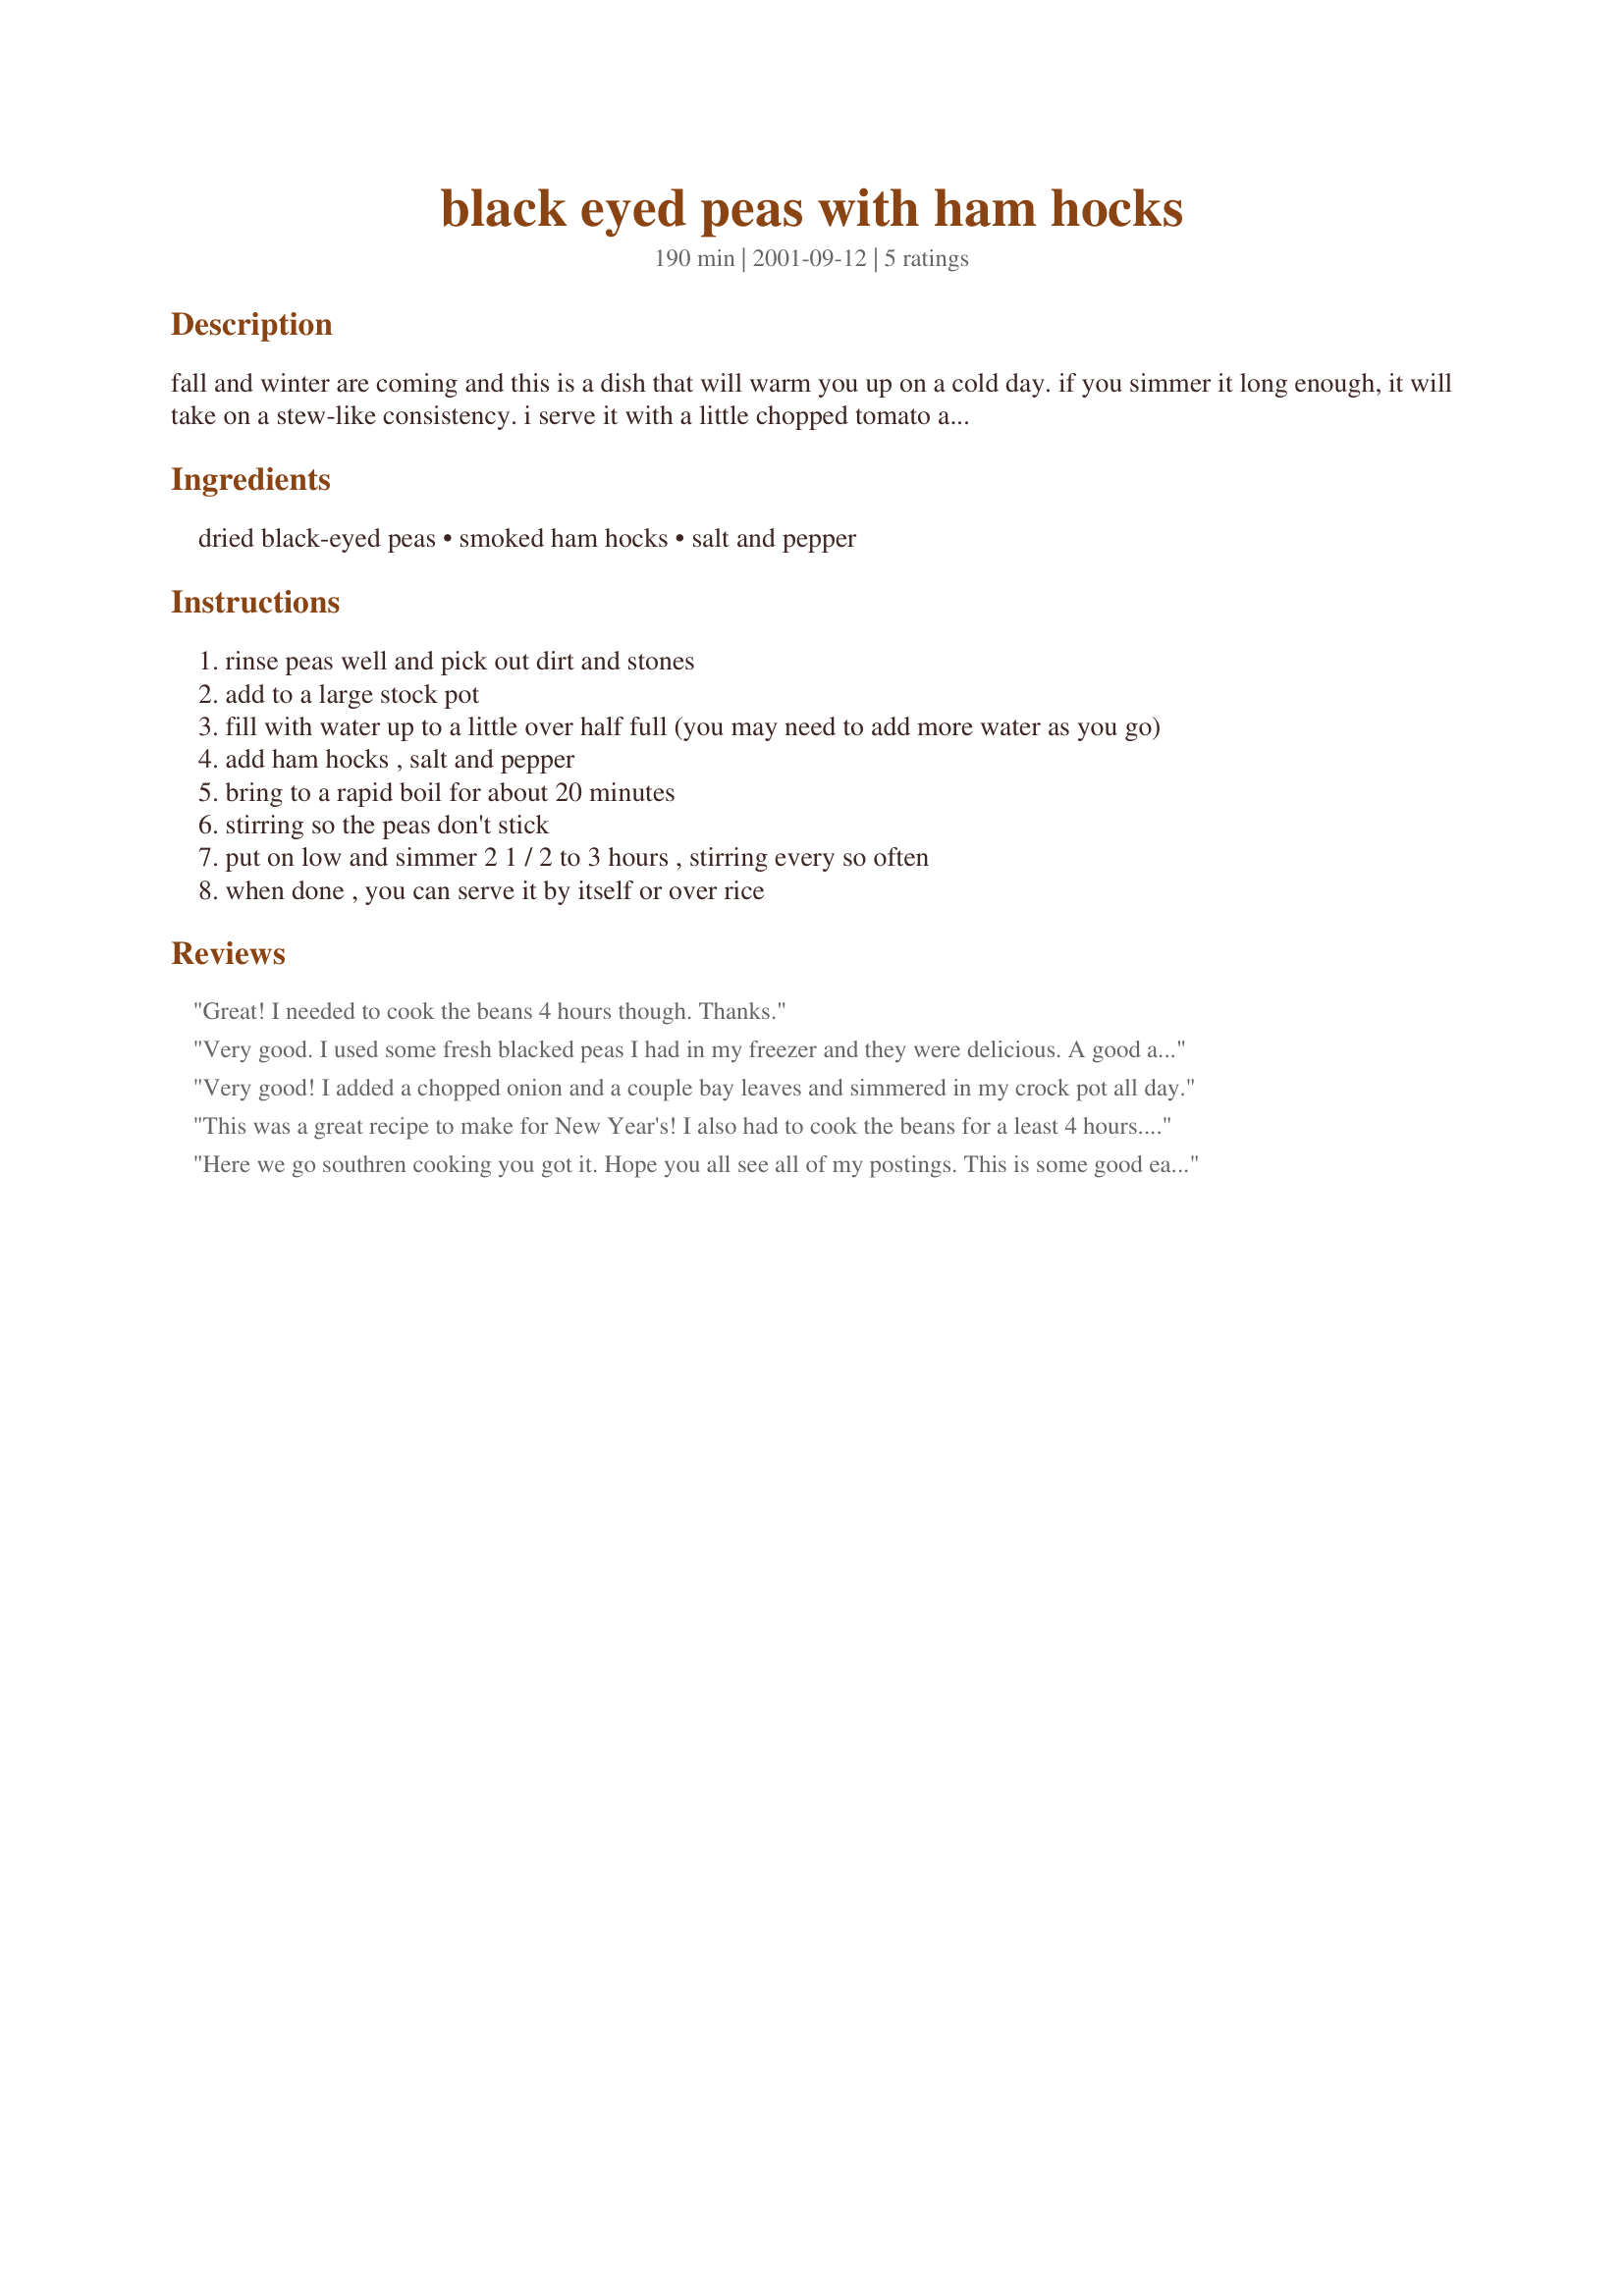
black eyed peas with ham hocks
Preparation time: 190 minutes

fall and winter are coming and this is a dish that will warm you up on a cold day. if you simmer it long enough, it will take on a stew-like consistency. i serve it with a little chopped tomato and onion on top with skillet cornbread on the side. you can also use pintos, limas, ore northern beans in place of the black-eyes. i hope you like it!

Ingredients:
dried black-eyed peas, smoked ham hocks, salt and pepper

Steps:
rinse peas well and pick out dirt and stones
add to a large stock pot
fill with water up to a little over half full (you may need to add more water as you go)
add ham hocks , salt and pepper
bring to a rapid boil for about 20 minutes
stirring so the peas don't stick
put on low and simmer 2 1 / 2 to 3 hours , stirring every so often
when done , you can serve it by itself or over rice

Reviews:
Great! I needed to cook the beans 4 hours though. Thanks.
Very good. I used some fresh blacked peas I had in my freezer and they were delicious. A good alternative to my usual way of cooking peas.
Very good! I added a chopped onion and a couple bay leaves and simmered in my crock pot all day.
This was a great recipe to make for New Year's! I also had to cook the beans for a least 4 hours. I add pieces of ham also. Great for reheating.
Here we go southren cooking you got it.
Hope you all see all of my postings.
This is some good eating.

Thank You
